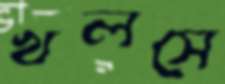
খলসে